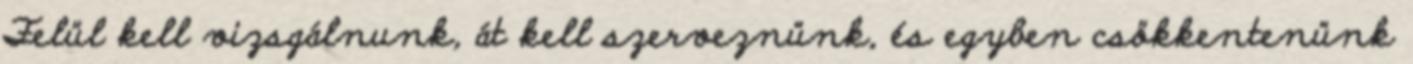
Felül kell vizsgálnunk, át kell szerveznünk, és egyben csökkentenünk